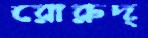
রোরুদ্